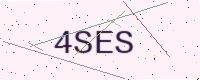
Text: 4SES